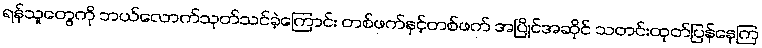
ရန်သူတွေကို ဘယ်လောက်သုတ်သင်ခဲ့ကြောင်း တစ်ဖက်နှင့်တစ်ဖက် အပြိုင်အဆိုင် သတင်းထုတ်ပြန်နေကြ